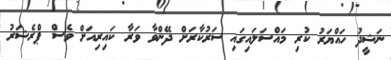
ނަޝީދު ހައްޔަރު ކުރި މައްސަލައިގައި ސަރުކާރަށް ދޭންވާ ވަރާ ކައިރިއަށް ވެސް ޕްރެޝަރު